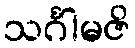
သင်္ဂါမဇိ